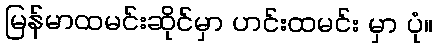
မြန်မာထမင်းဆိုင်မှာ ဟင်းထမင်း မှာ ပုံ။